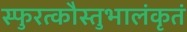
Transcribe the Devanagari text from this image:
स्फुरत्कौस्तुभालंकृतं